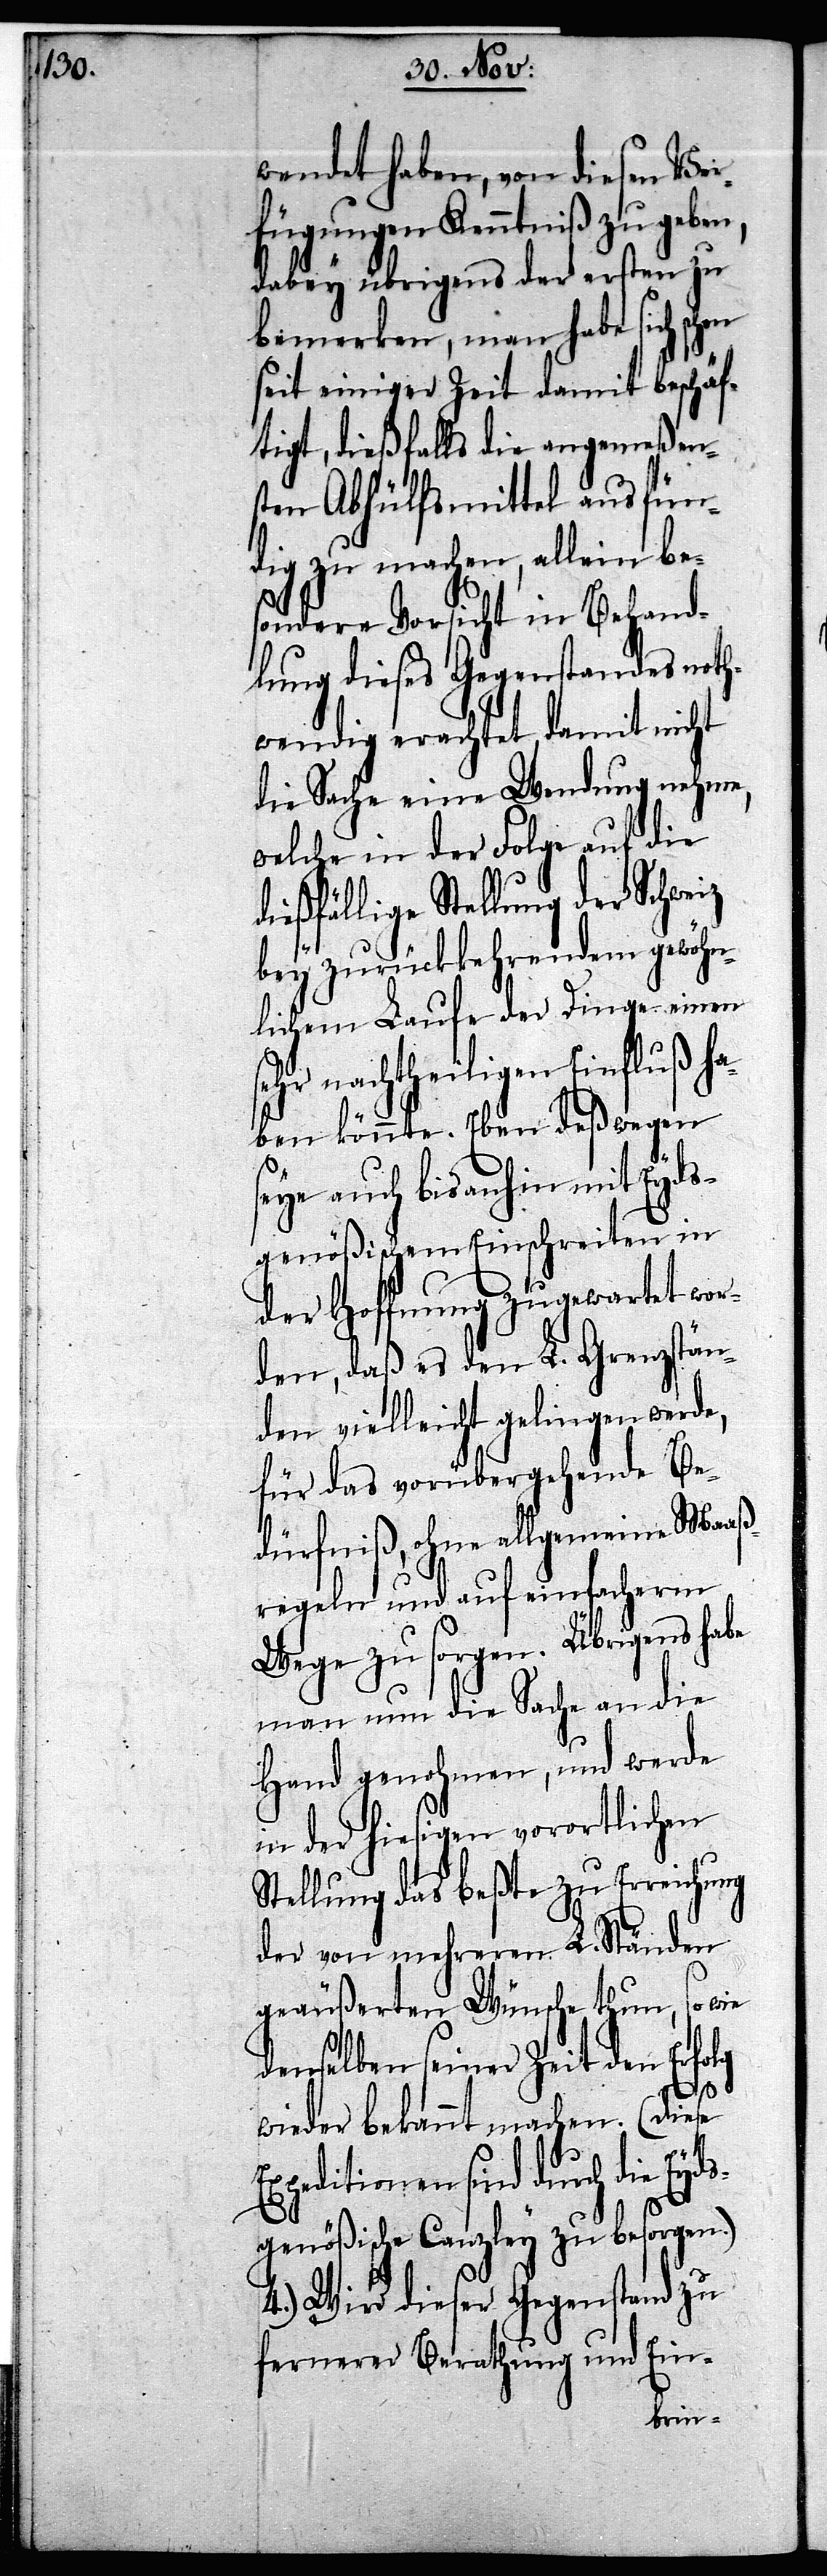
wendet haben, von diesen Ver¬
fügungen Kenntniß zu geben,
dabey übrigens der ersten zu
bemerken, man habe sich
seit einiger Zeit damit beschäf¬
tigt, dießfalls die angemeßen¬
sten Abhülfsmittel ausfünd¬
ig zu machen, allein be¬
sondere Vorsicht in Behand¬
lung dieses Gegenstandes noth¬
wendig erachtet, damit nicht
die Sache eine Wendung nehme,
welche in der Folge auf die d¬
ießfällige Stellung der Schweiz
bey zurückkehrendem gewöhn¬
lichem Laufe der Dinge einen
sehr nachtheiligen Einfluß ha¬
ben könnte. Eben deßwegen
seye auch bisanhin mit Eyds¬
genößischem Einschreiten in
der Hoffnung zugewartet wor¬
den, daß es den L. Grenzstän¬
den vielleicht gelingen werde,
für das vorübergehende Be¬
dürfniß, ohne allgemeine Maaß¬
regeln und auf einfacherm
Wege zu sorgen. Übrigens habe
man nun die Sache an die
Hand genohmen, und werde
in der hiesigen vorortlichen
Stellung das beßte zu Erreichung
der von mehreren L. Ständen
geäußerten Wünsche thun, so wie
denselben seiner Zeit den Erfolg
wieder bekannt machen. (Diese
Expeditionen sind durch die Eyds¬
genößische Canzley zu besorgen.)
4.) Wird dieser Gegenstand zu
fernerer Berathung und Ein-